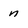
Character: n